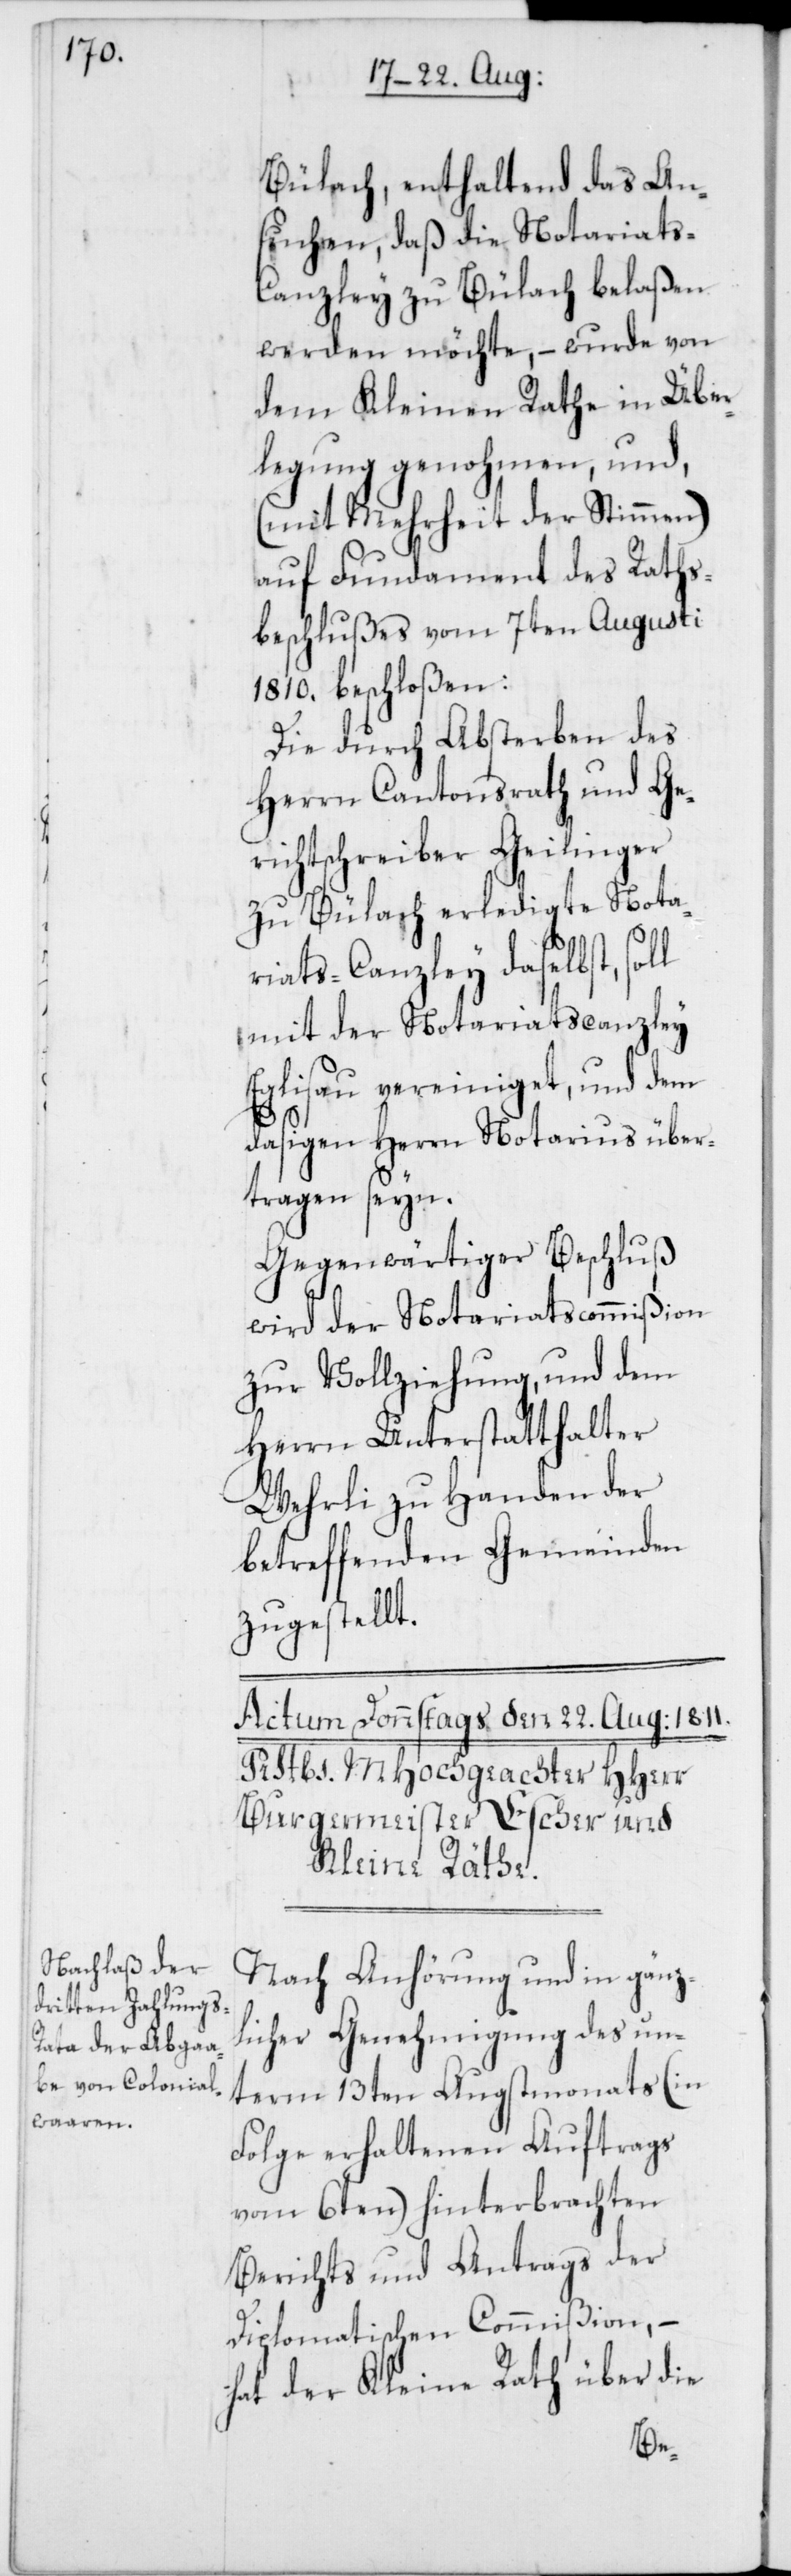
Bülach, enthaltend das An¬
suchen, daß die Notariats-C¬
anzley zu Bülach belaßen
werden möchte, – wurde von
dem Kleinen Rathe in Über¬
legung genohmen, und,
(mit Mehrheit der Stimmen)
auf Fundament des Raths¬
beschlußes vom 7ten Augusti
1810. beschloßen:
Die durch Absterben des
Herrn Cantonsrath und Ge¬
richtschreiber Geilinger
zu Bülach erledigte Nota¬
riats-Canzley daselbst, sol¬
mit der Notariatscanzley
Eglisau vereiniget, und dem
dasigen Herrn Notarius über¬
tragen seyn.
Gegenwärtiger Beschluß
wird der Notariatscommißion
zur Vollziehung, und dem
Herrn Unterstatthalter
Wehrli zu Handen der
betreffenden Gemeinden
zugestellt.
Nach Anhörung und in gänz¬
licher Genehmigung des un¬
term 13ten Augstmonats (in
Folge erhaltenen Auftrags
vom 6ten) hinterbrachten
Berichts und Antrags der
Diplomatischen Commißion, –
hat der Kleine Rath über die
l